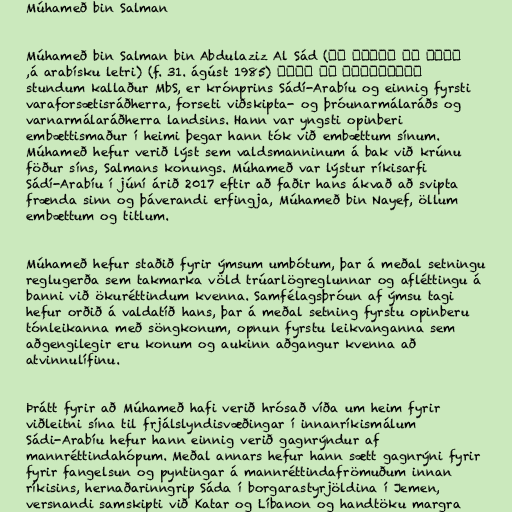
Múhameð bin Salman

Múhameð bin Salman bin Abdulaziz Al Sád (محمد بن سلمان بن
عبدالعزيز آل سعود á arabísku letri) (f. 31. ágúst 1985),
stundum kallaður MbS, er krónprins Sádí-Arabíu og einnig fyrsti
varaforsætisráðherra, forseti viðskipta- og þróunarmálaráðs og
varnarmálaráðherra landsins. Hann var yngsti opinberi
embættismaður í heimi þegar hann tók við embættum sínum.
Múhameð hefur verið lýst sem valdsmanninum á bak við krúnu
föður síns, Salmans konungs. Múhameð var lýstur ríkisarfi
Sádí-Arabíu í júní árið 2017 eftir að faðir hans ákvað að svipta
frænda sinn og þáverandi erfingja, Múhameð bin Nayef, öllum
embættum og titlum.

Múhameð hefur staðið fyrir ýmsum umbótum, þar á meðal setningu
reglugerða sem takmarka völd trúarlögreglunnar og afléttingu á
banni við ökuréttindum kvenna. Samfélagsþróun af ýmsu tagi
hefur orðið á valdatíð hans, þar á meðal setning fyrstu opinberu
tónleikanna með söngkonum, opnun fyrstu leikvanganna sem
aðgengilegir eru konum og aukinn aðgangur kvenna að
atvinnulífinu.

Þrátt fyrir að Múhameð hafi verið hrósað víða um heim fyrir
viðleitni sína til frjálslyndisvæðingar í innanríkismálum
Sádi-Arabíu hefur hann einnig verið gagnrýndur af
mannréttindahópum. Meðal annars hefur hann sætt gagnrýni fyrir
fyrir fangelsun og pyntingar á mannréttindafrömuðum innan
ríkisins, hernaðarinngrip Sáda í borgarastyrjöldina í Jemen,
versnandi samskipti við Katar og Líbanon og handtöku margra